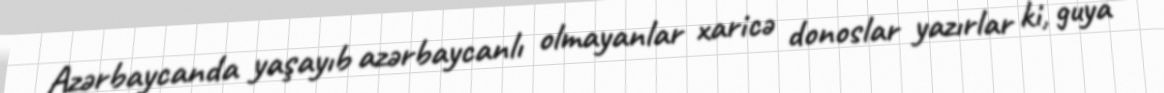
Azərbaycanda yaşayıb azərbaycanlı olmayanlar xaricə donoslar yazırlar ki, guya